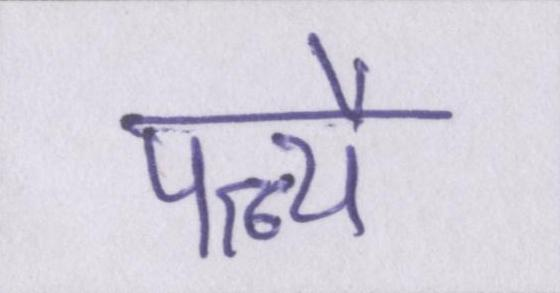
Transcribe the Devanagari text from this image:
पत्न्यै